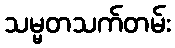
သမ္မတသက်တမ်း